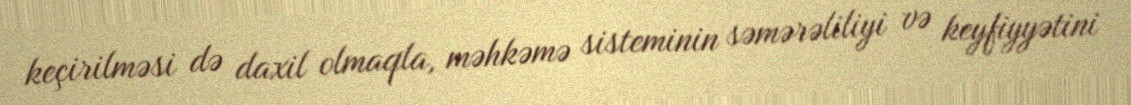
keçirilməsi də daxil olmaqla, məhkəmə sisteminin səmərəliliyi və keyfiyyətini